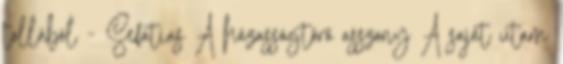
tollából - Sefatias A házasságtörő asszony A saját utam